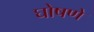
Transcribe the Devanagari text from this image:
घोषणे